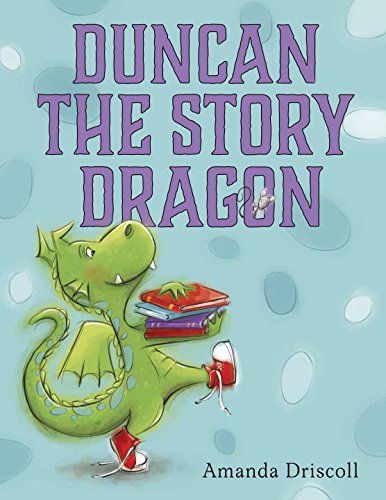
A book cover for Duncan the Story Dragon; Amanda Driscoll; Children's Books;